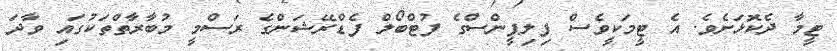
ޓީމާ ދެކޮޅަށެވެ. އެ ޓީމަކީވެސް ފިލިޕީންސްގެ ފުޓްބޯލް ފެޑްރޭޝަންގެ ރަސްމީ މުބާރާތްތަކުގައި ވާދަ